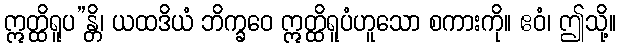
ဣတ္ထိရူပ”န္တိ၊ ယထဒိယံ ဘိက္ခဝေ ဣတ္ထိရူပံဟူသော စကားကို။ ဧဝံ၊ ဤသို့။